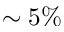
\sim 5 \%